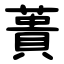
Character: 蕢